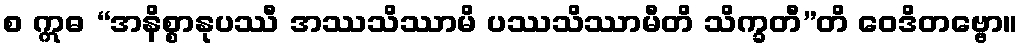
စ ဣဓ “အနိစ္စာနုပဿီ အဿသိဿာမိ ပဿသိဿာမီတိ သိက္ခတီ”တိ ဝေဒိတဗ္ဗော။